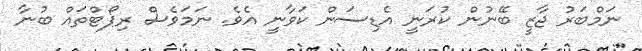
ނަމްބަރު ޖާޒީ ބޭނުން ކުރަނީ އެޑިސަން ކަވާނީ އެވެ. ނަމަވެސް ރިޕޯޓްތައް ބުނާ